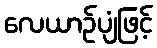
လေယာဉ်ပျံဖြင့်